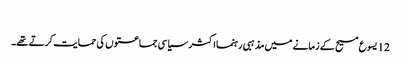
‏
12 یسوع مسیح کے زمانے میں مذہبی رہنما اکثر سیاسی جماعتوں کی حمایت کرتے تھے۔